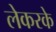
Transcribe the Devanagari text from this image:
लेकरके